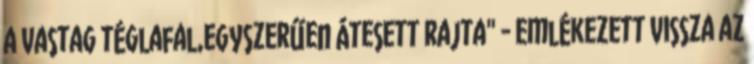
a vastag téglafal,egyszerűen átesett rajta" - emlékezett vissza az